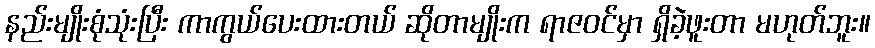
နည်းမျိုးစုံသုံးပြီး ကာကွယ်ပေးထားတယ် ဆိုတာမျိုးက ရာဇဝင်မှာ ရှိခဲ့ဖူးတာ မဟုတ်ဘူး။